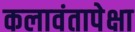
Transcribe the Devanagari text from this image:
कलावंतापेक्षा